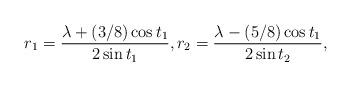
LaTeX: \begin{align*} r_1 = \frac{ \lambda + (3/8)\cos t_1}{2\sin t_1}, r_2= \frac{ \lambda - (5/8)\cos t_1}{2\sin t_2} ,\end{align*}